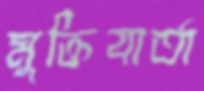
মুক্তিবার্তা